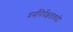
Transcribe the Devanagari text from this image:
धर्मनिर्पेक्षतावादी